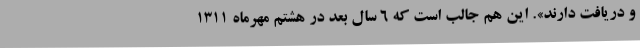
و دریافت دارند». این هم جالب است که 6 سال بعد در هشتم مهرماه ۱۳۱۱